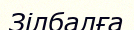
Зілбалға